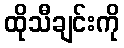
ထိုသီချင်းကို